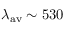
\lambda _ { \mathrm { a v } } \sim 5 3 0